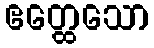
ဧတ္ထေသော